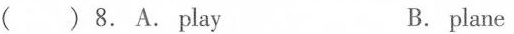
( ) 8.A.Play B. plane